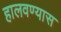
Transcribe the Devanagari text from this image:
हालवण्यास